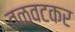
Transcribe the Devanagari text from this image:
तळवटकर